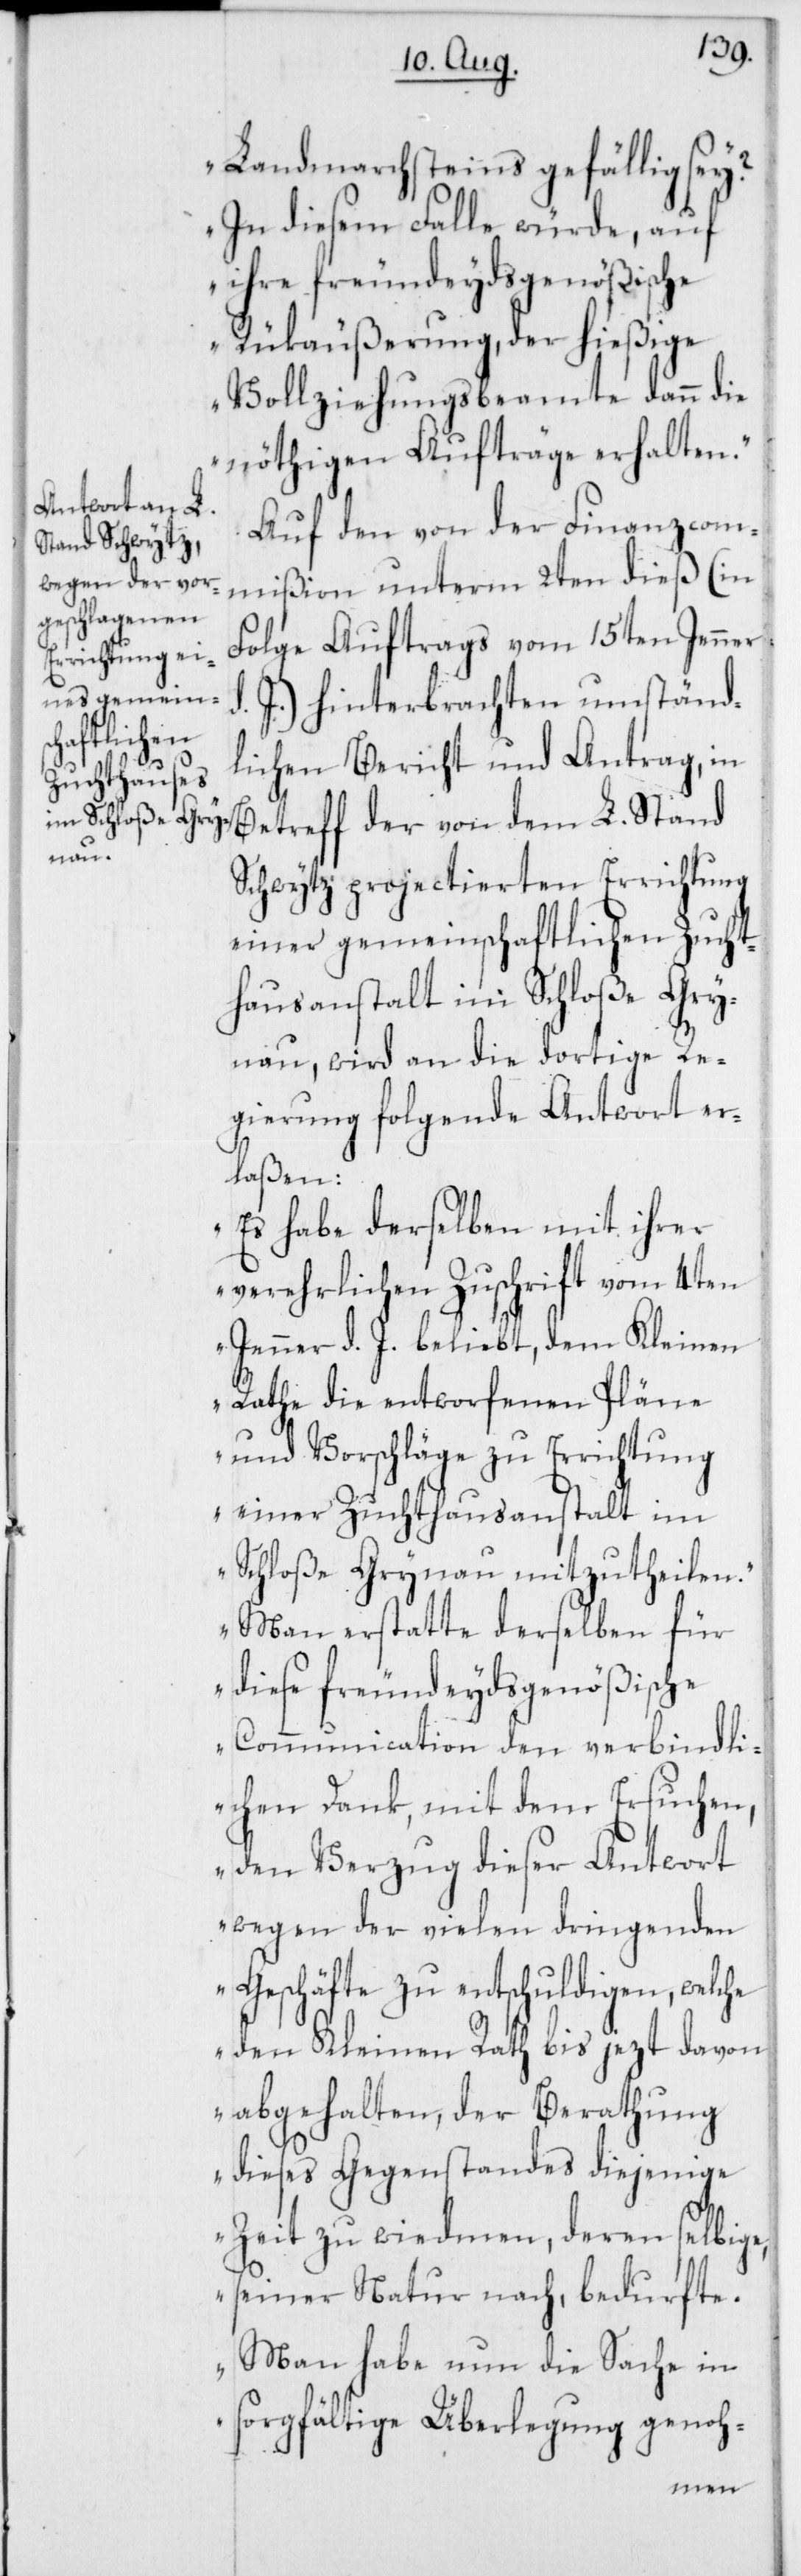
Landmarchsteins gefällig sey?
In diesem Falle würde, auf
ihre freundeydsgenößische
Rükäußerung, der hießige
Vollziehungsbeamte dann die
nöthigen Aufträge erhalten.“
Auf den von der Finanzcom¬
mißion unterm 2ten dieß (in
Folge Auftrags vom 15ten Jenner
J.) hinterbrachten umständ¬
lichen Bericht und Antrag, in
Betreff der von dem L. Stand
Schwytz projectierten Errichtung
einer gemeinschaftlichen Zucht¬
hausanstalt im Schloße Gry¬
nau, wird an die dortige Re¬
gierung folgende Antwort er¬
laßen:
„Es habe derselben mit ihrer
verehrlichen Zuschrift vom 4ten
Jenner d. J. beliebt, dem Kleinen
Rathe die entworfenen Pläne
und Vorschläge zu Errichtung
einer Zuchthausanstalt im
Schloße Grynau mitzutheilen.
Man erstatte derselben für
diese freundeydsgenößische
Communication den verbindli¬
chen Dank, mit dem Ersuchen,
den Verzug dieser Antwort
wegen der vielen dringenden
Geschäfte zu entschuldigen, welche
den Kleinen Rath bis jezt davon
abgehalten, der Berathung
dieses Gegenstandes diejenige
Zeit zu widmen, deren selbige,
seiner Natur nach, bedurfte.
Man habe nun die Sache in
sorgfältige Überlegung genoh-